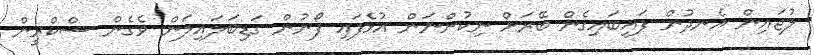
ލުޖައިން އެނދުން ފައިބައިގެން ބޭރަށް ނިކުންނަން އުޅެފައި ފޯނުން ގަޑިބަލައިލަން ވެގެން ސްކްރީން